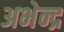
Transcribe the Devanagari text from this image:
अभेन्द्र